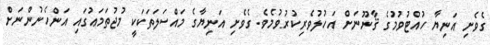
ގެވެށި އަނިޔާ ހުއްޓުވުމުގެ ޤާނޫނަށް އަހުލުވެރިކުރުވުމެވެ. ގެވެށި އަނިޔާގެ މައްސަލަތަކަކީ މުޖުތަމަޢުގައި އަންހެނުންނަށް